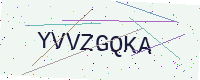
Text: YVVZGQKA